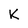
Character: K